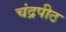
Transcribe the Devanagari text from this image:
चंद्रपीठ